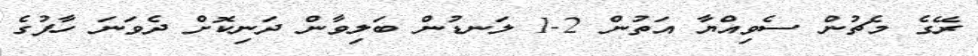
ރޭގެ މެޗުން ސެވިއްޔާ އަތުން 2-1 ލަނޑުން ބަލިވާން ދަނިކޮށް ދެވަނަ ހާފުގެ